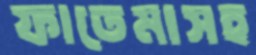
ফাতেমাসহ